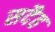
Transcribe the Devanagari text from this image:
सदैह